Scottish Leaving Certificate Examination, 1956
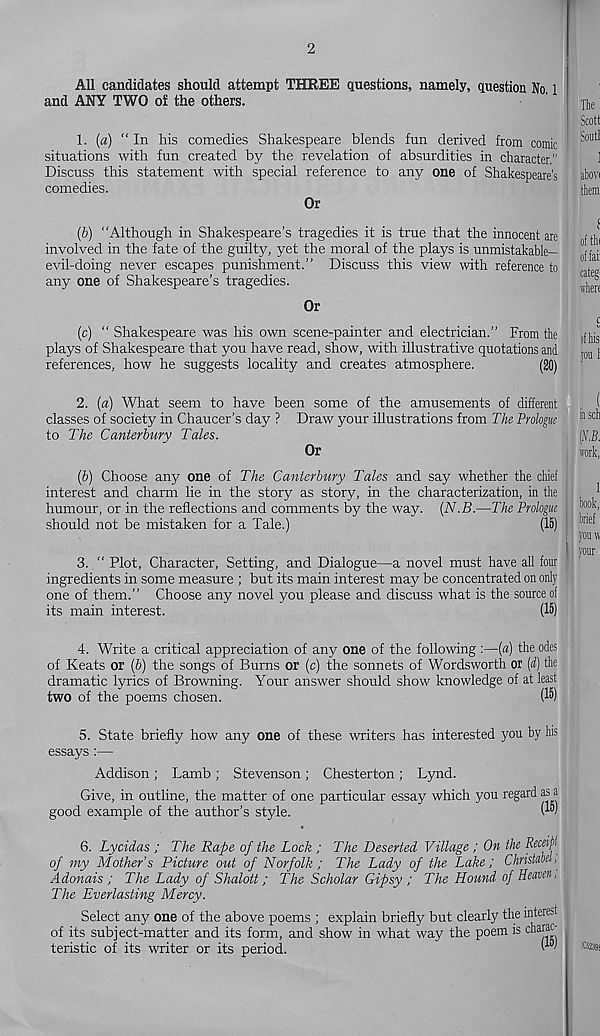
2
All candidates should attempt THREE questions, namely, question No 1
and ANY TWO of the others.
1. (a) “In his comedies Shakespeare blends fun derived from comic
situations with fun created by the revelation of absurdities in character.”
Discuss this statement with special reference to any one of Shakespeare’s
comedies.
Or
(b) “Although in Shakespeare’s tragedies it is true that the innocent are
involved in the fate of the guilty, yet the moral of the plays is unmistakable-
evil-doing never escapes punishment.” Discuss this view with reference to
any one of Shakespeare’s tragedies.
Or
(c) “ Shakespeare was his own scene-painter and electrician.” From the
plays of Shakespeare that you have read, show, with illustrative quotations and
references, how he suggests locality and creates atmosphere.
(20)
2. (a) What seem to have been some of the amusements of different
classes of society in Chaucer’s day ? Draw your illustrations from The Prologue
to The Canterbury Tales.
Or
(&) Choose any one of The Canterbury Tales and say whether the chief
interest and charm lie in the story as story, in the characterization, in the
humour, or in the reflections and comments by the way. (N.B.—The Prologue
should not be mistaken for a Tale.)
(15)
3. “ Plot, Character, Setting, and Dialogue—a novel must have all four
ingredients in some measure ; but its main interest may be concentrated on only
one of them.” Choose any novel you please and discuss what is the source of
its main interest.
(15)
4. Write a critical appreciation of any one of the following :—(a) the odes
of Keats or (b) the songs of Burns or (c) the sonnets of Wordsworth or (d) the
dramatic lyrics of Browning. Your answer should show knowledge of at least
two of the poems chosen.
(15)
5. State briefly how any one of these writers has interested you by his
essays :—
Addison ; Lamb ; Stevenson; Chesterton ; Lynd.
Give, in outline, the matter of one particular essay which you regard as a
good example of the author’s style.
6. Lycidas ; The Rape of the Lock ; The Deserted Village ; On the Receipt
of my Mother’s Picture out of Norfolk; The Lady of the Lake; Christuoel,
Adonais ; The Lady of Shalott; The Scholar Gipsy ; The Hound of Heaven,
The Everlasting Mercy.
Select any one of the above poems ; explain briefly but clearly the interest
of its subject-matter and its form, and show in what way the poem is
teristic of its writer or its period.